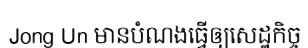
Jong Un មានបំណងធ្វើឲ្យសេដ្ឋកិច្ច